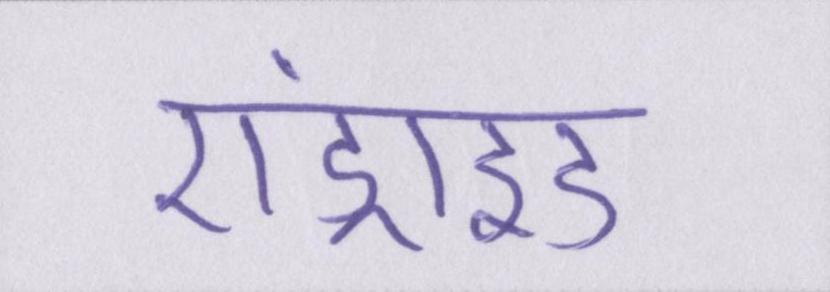
एंड्राइड